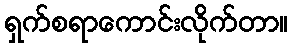
ရှက်စရာကောင်းလိုက်တာ။